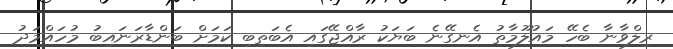
ރިލްވާނާ ބެހޭ މައުލޫމާތު އެނގޭނެ ބަޔަކު ރާއްޖޭގައި އެބަތިބި ކަމަށް ބަންޑާރަނައިބު މުހައްމަދު